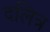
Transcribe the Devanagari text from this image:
दलित्र